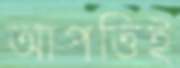
আপত্তিই